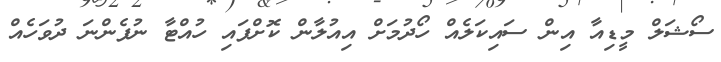
ސޯޝަލް މީޑިއާ އިން ސައިކަލެއް ހޯދުމަށް އިއުލާން ކޮށްފައި ހުއްޓާ ނުފެންނަ ދުވަހެއް